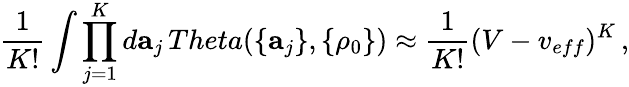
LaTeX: \frac{1}{K!}\int\prod_{j=1}^{K}d{\mathbf a}_{j}\, Theta(\{ {\mathbf a}_{j}\} ,\{ \rho_{0}\} )\approx\frac{1}{K!}(V-v_{eff})^{K}\, ,